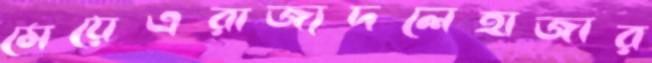
মেয়েএরাজ্যদলেহাজার